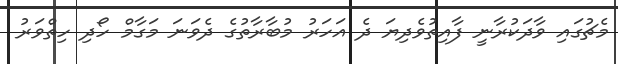
މެޗުގައި ވާދަކުރާނީ ފާއިތުވެދިޔަ ދެ އަހަރު މުބާރާތުގެ ދެވަނަ މަގާމް ހޯދި ހިތްވަރު